Code of medical and sanitary regulations for the guidance of medical officers serving in the Madras Presidency - Volume I
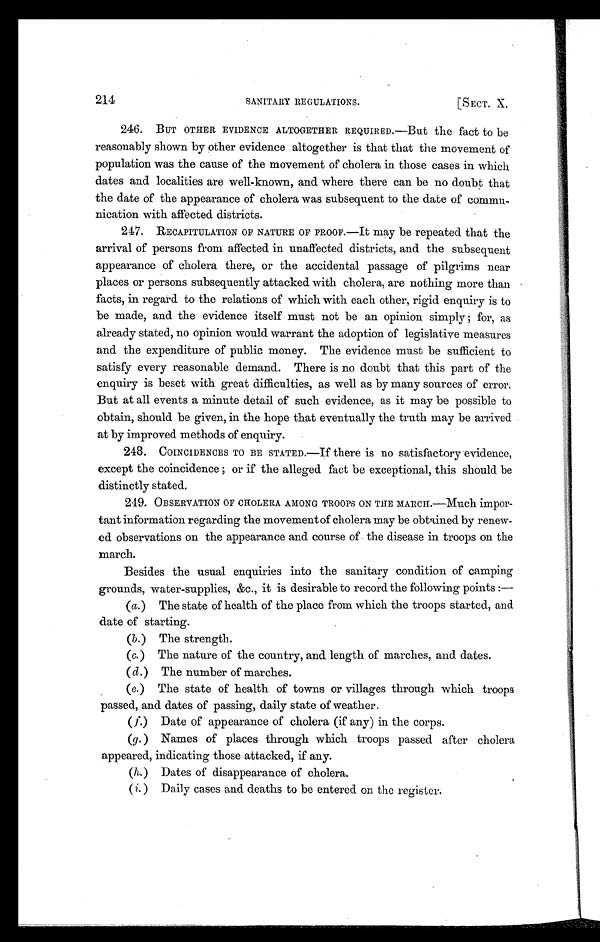
214
SANITARY REGULATIONS.
[SECT. X.
246. BUT OTHER EVIDENCE ALTOGETHER REQUIRED.—But the fact to be
reasonably shown by other evidence altogether is that that the movement of
population was the cause of the movement of cholera in those cases in which
dates and localities are well-known, and where there can be no doubt that
the date of the appearance of cholera was subsequent to the date of commu-
nication with affected districts.
247. RECAPITULATION OF NATURE OF PROOF.—It may be repeated that the
arrival of persons from affected in unaffected districts, and the subsequent
appearance of cholera there, or the accidental passage of pilgrims near
places or persons subsequently attacked with cholera, are nothing more than
facts, in regard to the relations of which with each other, rigid enquiry is to
be made, and the evidence itself must not be an opinion simply ; for, as
already stated, no opinion would warrant the adoption of legislative measures
and the expenditure of public money. The evidence must be sufficient to
satisfy every reasonable demand. There is no doubt that this part of the
enquiry is beset with great difficulties, as well as by many sources of error.
But at all events a minute detail of such evidence, as it may be possible to
obtain, should be given, in the hope that eventually the truth may be arrived
at by improved methods of enquiry.
248. COINCIDENCES TO BE STATED.—If there is no satisfactory evidence,
except the coincidence ; or if the alleged fact be exceptional, this should be
distinctly stated.
2 4 9 . O B S E R V A T I O N O F C H O L E R A A M O N G T R O O P S O N T H E M A R C H . — M u c h
impor-
tant information regarding the movement of cholera may be obtained by renew-
ed observations on the appearance and course of the disease in troops on the
march.
Besides the usual enquiries into the sanitary condition of camping
grounds, water-supplies, &c., it is desirable to record the following points :
—
(a.) The state of health of the place from which the troops started, and
date of starting.
(b.) The strength.
(c.) The nature of the country, and length of marches, and dates.
(d.) The number of marches.
(e.) The state of health of towns or villages through which troops
passed, and dates of passing, daily state of weather.
(f.) Date of appearance of cholera (if any) in the corps.
(g. ) Names of places through which troops passed after cholera
appeared, indicating those attacked, if any.
(h.) Dates of disappearance of cholera.
(i.) Daily cases and deaths to be entered on the register.